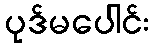
ပုဒ်မပေါင်း